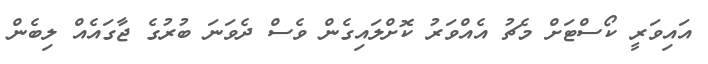
އައިވަރީ ކޯސްޓަށް މެޗު އެއްވަރު ކޮށްލައިގެން ވެސް ދެވަނަ ބުރުގެ ޖާގައެއް ލިބެން